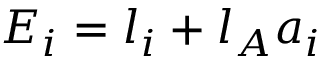
E _ { i } = l _ { i } + l _ { A } a _ { i }